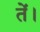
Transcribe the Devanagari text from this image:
तें।